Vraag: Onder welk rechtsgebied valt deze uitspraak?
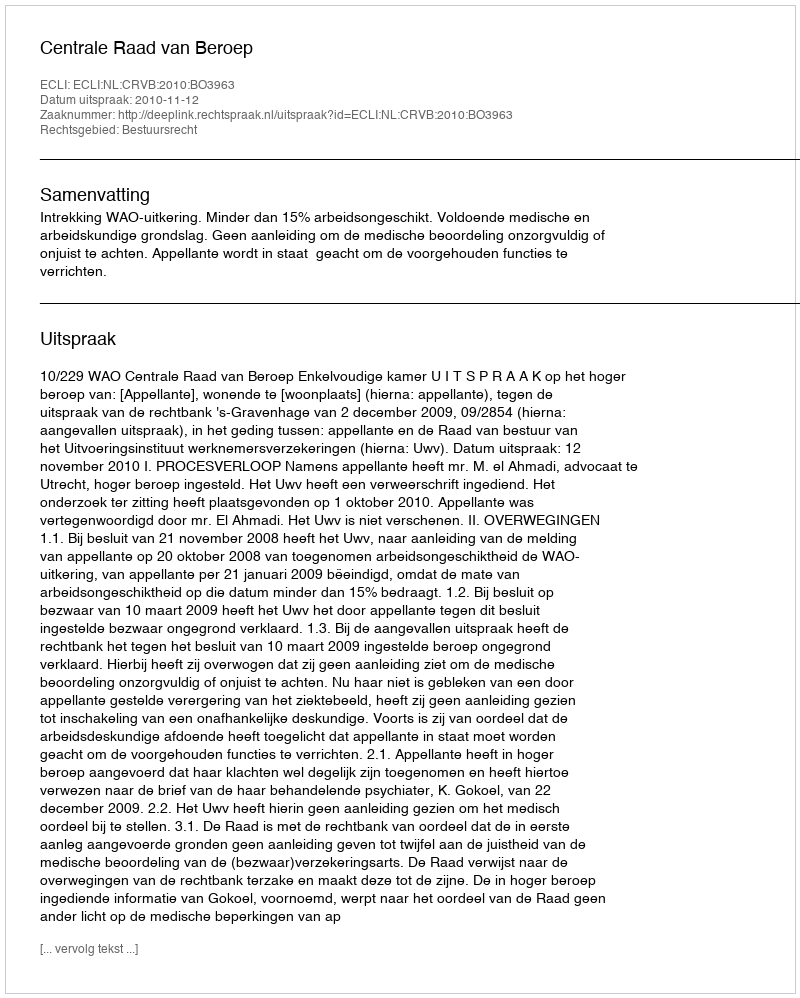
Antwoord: Bestuursrecht